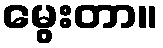
မွေးတာ။